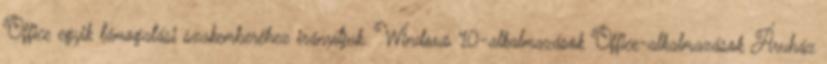
Office egyik támogatási szakemberéhez irányítjuk. Windows 10-alkalmazások Office-alkalmazások Áruház